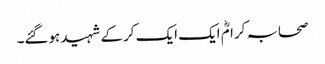
صحابہ کرامؓ ایک ایک کرکے شہید ہوگئے۔